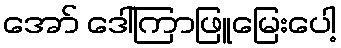
အော် ဒေါ်ကြာဖြူမြေးပေါ့